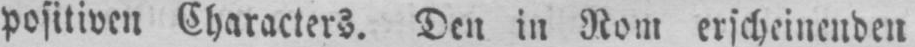
positiven Characters. Den in Rom erscheinenden